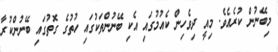
މިބޭނުން ކުރެއެވެ. މިއީ ދިވެހިން ކެއުމުގައި އެކި ބޭނުންތަކުގައި ހުތުގެ ގޮތުގައި ބޭނުންކުރާ